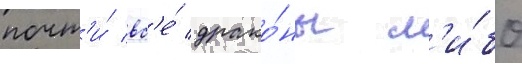
почт'и́ вс'е́ драко́ны л'и́бо